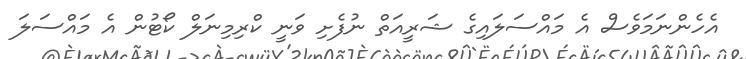
އެހެންނަމަވެސް އެ މައްސަލައިގެ ޝަރީއަތް ނުފެށި ވަނީ ކްރިމިނަލް ކޯޓުން އެ މައްސަލަ